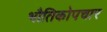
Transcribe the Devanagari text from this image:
भौतिकोपचार